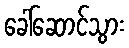
ခေါ်ဆောင်သွား